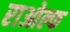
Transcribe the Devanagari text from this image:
राओल्फ